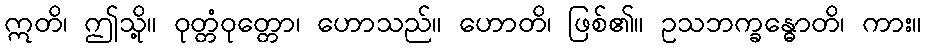
ဣတိ၊ ဤသို့။ ဝုတ္တံဝုတ္တော၊ ဟောသည်။ ဟောတိ၊ ဖြစ်၏။ ဥသဘက္ခန္ဓောတိ၊ ကား။